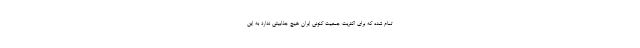
تمام شده که برای اکثریت جمعیت کنونی ایران هیچ جذابیتی ندارد به این